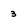
Character: 3